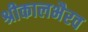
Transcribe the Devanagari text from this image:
श्रीकालभैरव